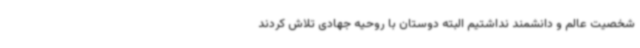
شخصیت عالم و دانشمند نداشتیم البته دوستان با روحیه جهادی تلاش کردند